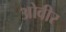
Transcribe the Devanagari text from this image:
ओवीर